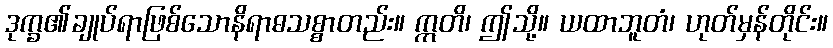
ဒုက္ခ၏ချုပ်ရာဖြစ်သောနိရာဓသစ္စာတည်း။ ဣတိ၊ ဤသို့။ ယထာဘူတံ၊ ဟုတ်မှန်တိုင်း။